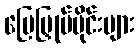
မြေမြှုပ်မိုင်းများ